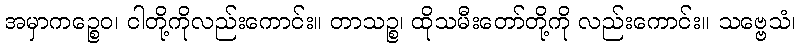
အမှာကဉ္စေဝ၊ ငါတို့ကိုလည်းကောင်း။ တာသဉ္စ၊ ထိုသမီးတော်တို့ကို လည်းကောင်း။ သဗ္ဗေသံ၊